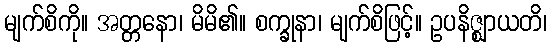
မျက်စိကို။ အတ္တနော၊ မိမိ၏။ စက္ခုနာ၊ မျက်စိဖြင့်။ ဥပနိဇ္ဈာယတိ၊